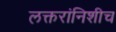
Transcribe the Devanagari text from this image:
लक्तरांनिशीच